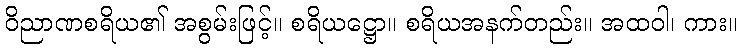
ဝိညာဏစရိယ၏ အစွမ်းဖြင့်။ စရိယဋ္ဌော။ စရိယအနက်တည်း။ အထဝါ၊ ကား။